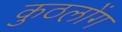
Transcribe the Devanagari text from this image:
कुठलोंग